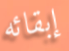
إبقائه